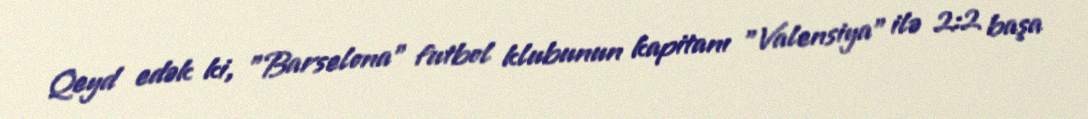
Qeyd edək ki, "Barselona" futbol klubunun kapitanı "Valensiya" ilə 2:2 başa